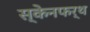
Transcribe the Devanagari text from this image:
स्केनफर्थ